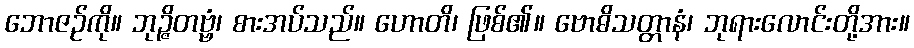
ဘောဇဉ်ကို။ ဘုဉ္ဇိတဗ္ဗံ၊ စားအပ်သည်။ ဟောတိ၊ ဖြစ်၏။ ဗောဓိသတ္တာနံ၊ ဘုရားလောင်းတို့အား။